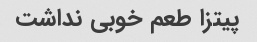
پیتزا طعم خوبی نداشت